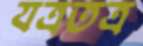
যত্রতত্র